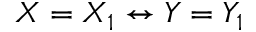
X = X _ { 1 } \leftrightarrow Y = Y _ { 1 }